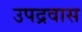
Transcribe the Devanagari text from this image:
उपद्रवास